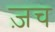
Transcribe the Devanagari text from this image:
ज़च